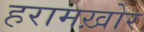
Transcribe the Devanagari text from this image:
हरामख़ोर